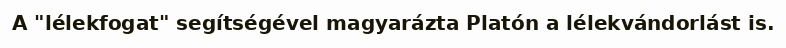
A "lélekfogat" segítségével magyarázta Platón a lélekvándorlást is.